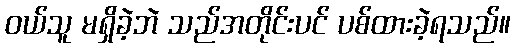
ဝယ်သူ မရှိခဲ့ဘဲ သည်အတိုင်းပင် ပစ်ထားခဲ့ရသည်။